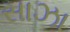
સાઝા